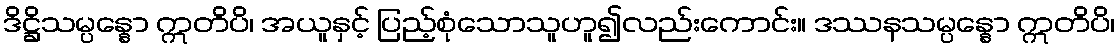
ဒိဋ္ဌိသမ္ပန္နော ဣတိပိ၊ အယူနှင့် ပြည့်စုံသောသူဟူ၍လည်းကောင်း။ ဒဿနသမ္ပန္နော ဣတိပိ၊